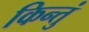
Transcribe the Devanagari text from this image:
किन्तुं